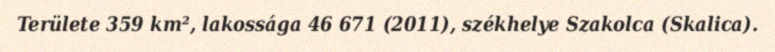
Területe 359 km², lakossága 46 671 (2011), székhelye Szakolca (Skalica).